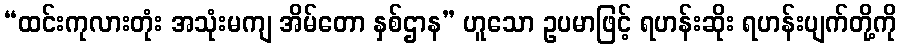
“ထင်းကုလားတုံး အသုံးမကျ အိမ်တော နှစ်ဌာန” ဟူသော ဥပမာဖြင့် ရဟန်းဆိုး ရဟန်းပျက်တို့ကို